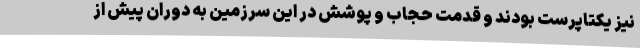
نیز یکتاپرست بودند و قدمت حجاب و پوشش در این سرزمین به دوران پیش از